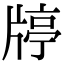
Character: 𤗞